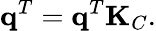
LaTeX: \mathbf{q}^{T}=\mathbf{q}^{T}\mathbf{K}_{C}.